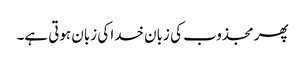
پھر مجذوب کی زبان خدا کی زبان ہوتی ہے۔